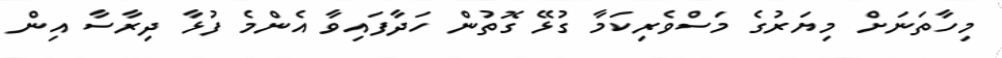
މިހާތަނަށް މިޔަރުގެ މަސްވެރިކަމާ ގުޅޭ ގޮތުން ހަދާފައިވާ އެންމެ ފުޅާ ދިރާސާ އިން